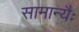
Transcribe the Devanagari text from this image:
सामान्यैः